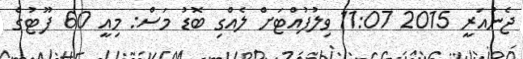
ޖެނުއަރީ 2015 11:07 ވިލުފުއްޓަށް ލެއްގި ބޮޑު މަސް: މިއީ 60 ފޫޓުގެ